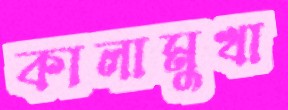
কালামুখা